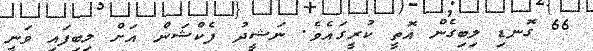
66 ގޮނޑި ލިބިގެން އޮތީ ކުރީގައެވެ. ނަޝީދު ފެކްޝަން އަށް ލިބިފައި ވަނީ